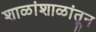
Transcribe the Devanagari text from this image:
शाळांशाळांतून